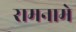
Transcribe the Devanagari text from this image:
रामनामे